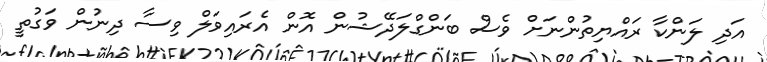
އަދި ލަންކާ ރައްޔިތުންނަށް ވެސް ބަންގްލަދޭޝުން އޮން އެރައިވަލް ވިސާ ދިނުން ވަގުތީ